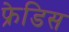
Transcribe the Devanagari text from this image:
फ्रेडिस